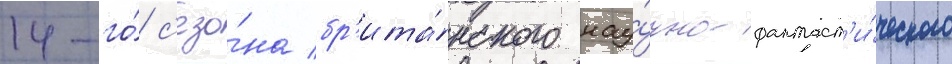
14-го́ с'езо́на бр'ита́нского нау́чно-фантаст'и́ческого